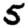
Digit: 5